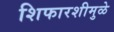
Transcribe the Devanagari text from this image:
शिफारशीमुळे